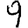
Digit: 9